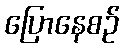
ပြောနေစဉ်